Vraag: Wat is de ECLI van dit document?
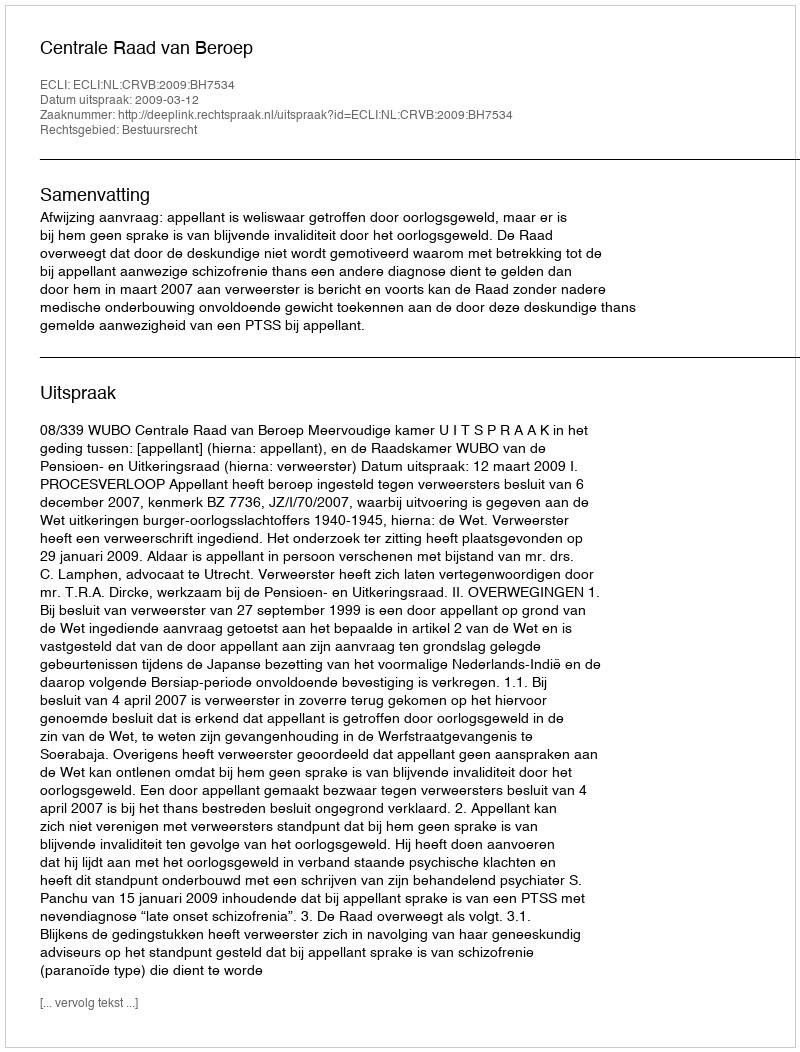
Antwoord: ECLI:NL:CRVB:2009:BH7534